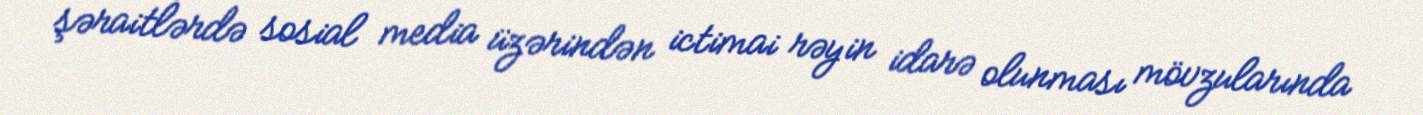
şəraitlərdə sosial media üzərindən ictimai rəyin idarə olunması mövzularında